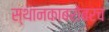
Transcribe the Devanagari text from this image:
स्थानकाबरोबरच